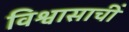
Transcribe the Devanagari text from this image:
विश्वासाचीं